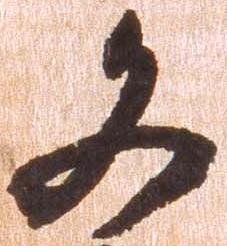
文